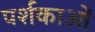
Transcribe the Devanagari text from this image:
पर्शकाओं